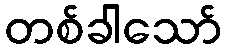
တစ်ခါသော်